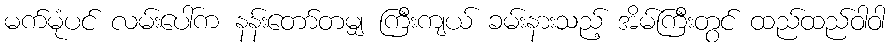
မက်မုံပင် လမ်းပေါ်က နန်းတော်တမျှ ကြီးကျယ် ခမ်းနားသည့် အိမ်ကြီးတွင် ထည်ထည်ဝါဝါ